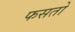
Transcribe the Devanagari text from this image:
फसतो